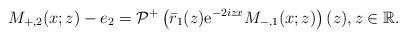
LaTeX: \begin{align*}M_{+,2}(x ;z)-e_{2}=\mathcal{P}^+\left(\bar{r}_1(z) \mathrm{e}^{-2iz x} M_{-,1}(x; z)\right)(z), z \in\mathbb{R}.\end{align*}